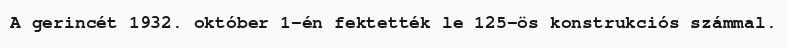
A gerincét 1932. október 1-én fektették le 125-ös konstrukciós számmal.